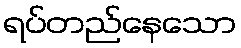
ရပ်တည်နေသော